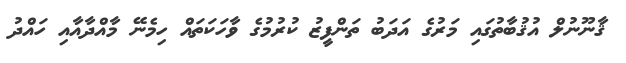
ޤާނޫނުލް އުޤުބާތުގައި މަރުގެ އަދަބު ތަންފީޒު ކުރުމުގެ ވާހަކަތައް ހިމެނޭ މާއްދާއާއި ހައްދު